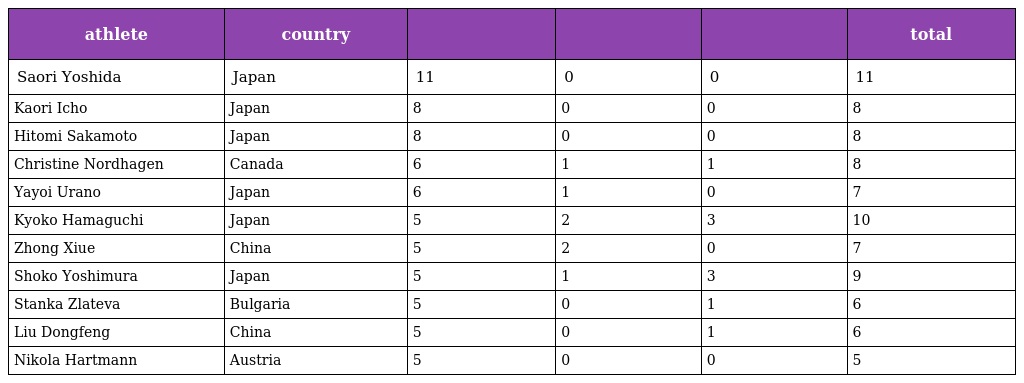
| athlete | country |  |  |  | total |
 | --- | --- | --- | --- | --- | --- |
 | Saori Yoshida | Japan | 11 | 0 | 0 | 11 |
 | Kaori Icho | Japan | 8 | 0 | 0 | 8 |
 | Hitomi Sakamoto | Japan | 8 | 0 | 0 | 8 |
 | Christine Nordhagen | Canada | 6 | 1 | 1 | 8 |
 | Yayoi Urano | Japan | 6 | 1 | 0 | 7 |
 | Kyoko Hamaguchi | Japan | 5 | 2 | 3 | 10 |
 | Zhong Xiue | China | 5 | 2 | 0 | 7 |
 | Shoko Yoshimura | Japan | 5 | 1 | 3 | 9 |
 | Stanka Zlateva | Bulgaria | 5 | 0 | 1 | 6 |
 | Liu Dongfeng | China | 5 | 0 | 1 | 6 |
 | Nikola Hartmann | Austria | 5 | 0 | 0 | 5 |